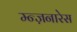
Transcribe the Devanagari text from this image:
म्न्ज़नारेस